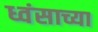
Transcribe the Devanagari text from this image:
ध्वंसाच्या